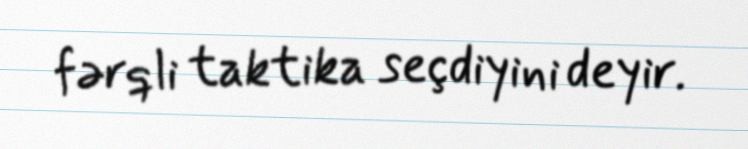
fərqli taktika seçdiyini deyir.